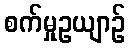
စက်မှုဥယျာဉ်